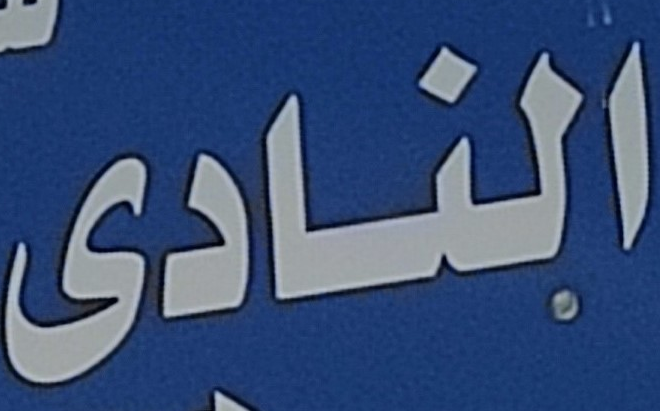
النادى